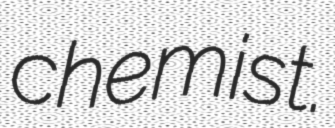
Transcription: chemist.